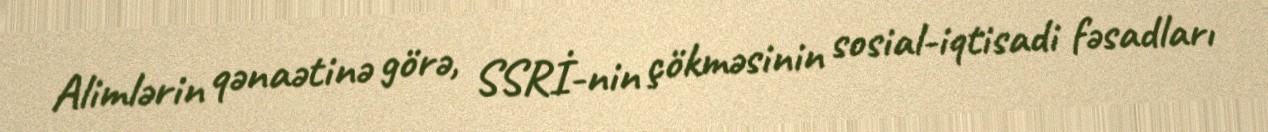
Alimlərin qənaətinə görə, SSRİ-nin çökməsinin sosial-iqtisadi fəsadları